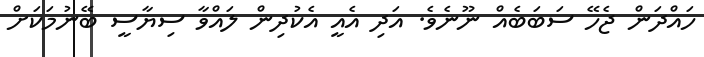
ހައްދަން ޖެހޭ ސަބަބެއް ނޫނެވެ. އަދި އެއީ އެކުދިން ލައްވާ ސިޔާސީ ބޭނުމަކަށް